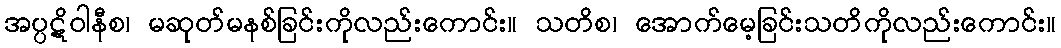
အပ္ပဋိဝါနီစ၊ မဆုတ်မနစ်ခြင်းကိုလည်းကောင်း။ သတိစ၊ အောက်မေ့ခြင်းသတိကိုလည်းကောင်း။